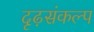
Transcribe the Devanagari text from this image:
दृढ़संकल्प